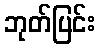
ဘုတ်ပြင်း